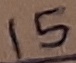
Text: 15